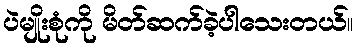
ပဲမျိုးစုံကို မိတ်ဆက်ခဲ့ပါသေးတယ်။